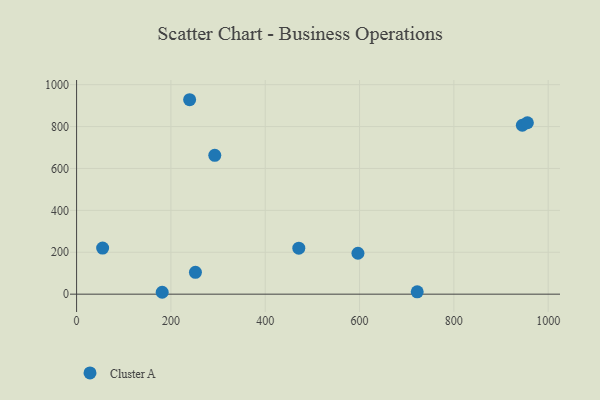
{"axis": {"x": "Speed", "y": "Profit"}, "legend": ["Cluster A"], "data": [{"x": "596.6", "y": 195.2, "type": "Cluster A"}, {"x": "945.2", "y": 806.2, "type": "Cluster A"}, {"x": "722.3", "y": 11.2, "type": "Cluster A"}, {"x": "955.9", "y": 818.3, "type": "Cluster A"}, {"x": "471.2", "y": 219.5, "type": "Cluster A"}, {"x": "252.0", "y": 104.1, "type": "Cluster A"}, {"x": "293.0", "y": 662.6, "type": "Cluster A"}, {"x": "239.7", "y": 928.1, "type": "Cluster A"}, {"x": "55.2", "y": 219.8, "type": "Cluster A"}, {"x": "181.5", "y": 9.0, "type": "Cluster A"}]}